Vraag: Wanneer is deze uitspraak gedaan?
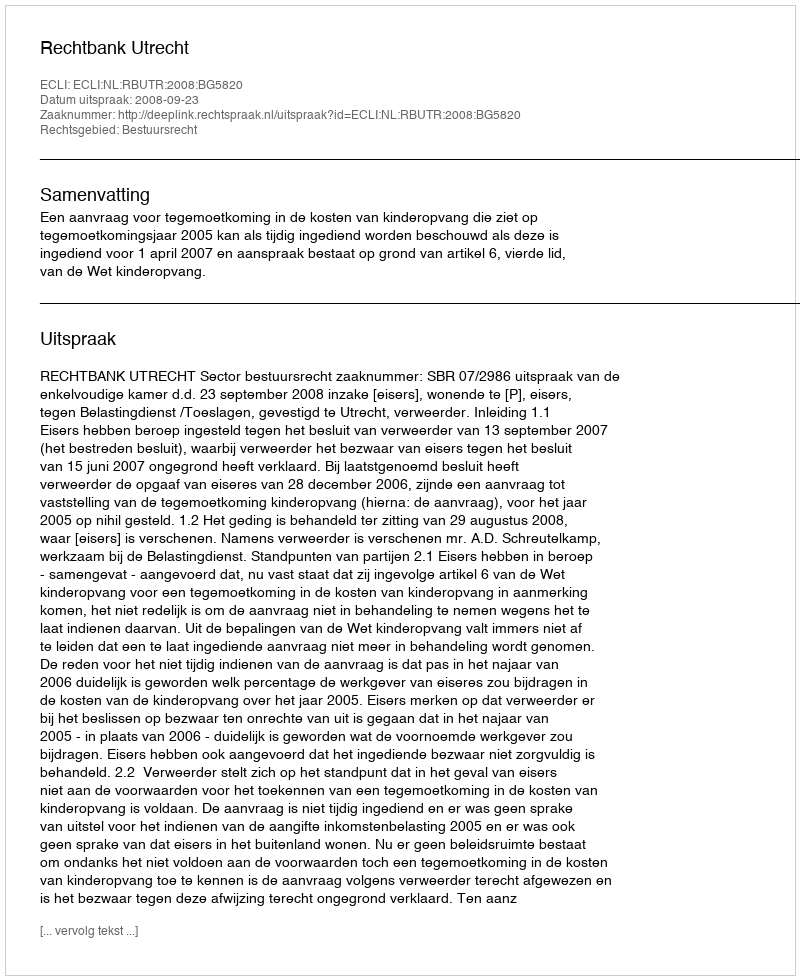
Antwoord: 2008-09-23